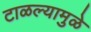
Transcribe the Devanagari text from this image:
टाळल्यामुळे